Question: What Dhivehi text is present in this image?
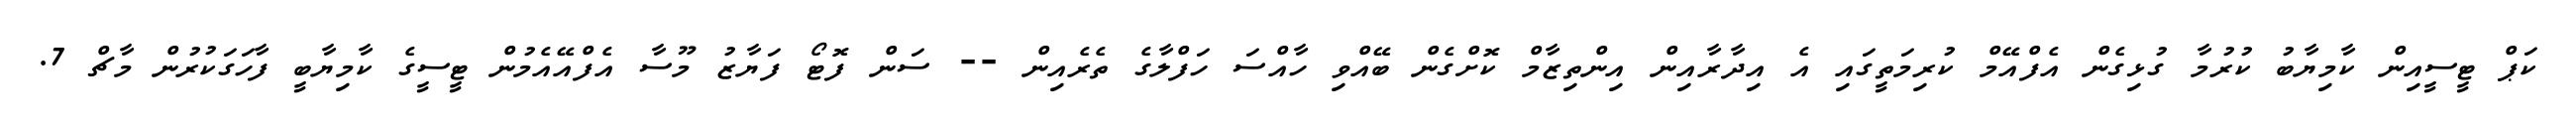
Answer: ކަޕް ޓީސީއިން ކާމިޔާބު ކުރުމާ ގުޅިގެން އެފްއޭމް ކުރިމަތީގައި އެ އިދާރާއިން އިންތިޒާމް ކޮށްގެން ބޭއްވި ހާއްސަ ހަފްލާގެ ތެރެއިން -- ސަން ފޮޓޯ ފަޔާޒު މޫސާ އެފްއޭއެމުން ޓީސީގެ ކާމިޔާބީ ފާހަގަކުރުން މާޗް 7.